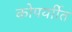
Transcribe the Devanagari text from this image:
कोपर्याीत